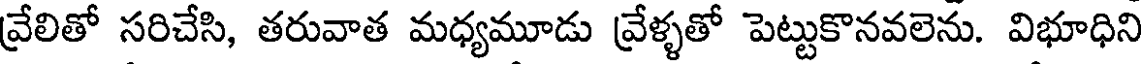
వ్రేలితో సరిచేసి, తరువాత మధ్యమూడు వ్రేళ్ళతో పెట్టుకొనవలెను. విభూధిని